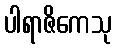
ပါရာဇိကေသု